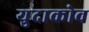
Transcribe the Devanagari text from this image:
युदाकोव